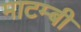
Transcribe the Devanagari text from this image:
माटम्बी